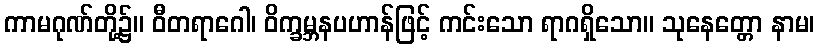
ကာမဂုဏ်တို့၌။ ဝီတရာဂေါ၊ ဝိက္ခမ္ဘနပဟာန်ဖြင့် ကင်းသော ရာဂရှိသော။ သုနေတ္တော နာမ၊